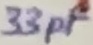
Text: 33pF